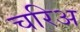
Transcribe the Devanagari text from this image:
चरिअ